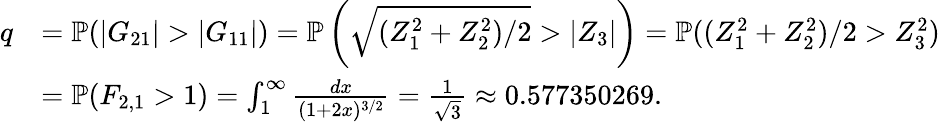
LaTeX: \begin{array}{rl}{q}&{=\mathbb P(|G_{21}|>|G_{11}|)=\mathbb P\left(\sqrt{(Z_{1}^{2}+Z_{2}^{2})/2}>|Z_{3}|\right)=\mathbb P((Z_{1}^{2}+Z_{2}^{2})/2>Z_{3}^{2})}\\ &{=\mathbb P(F_{2,1}>1)=\int_{1}^{\infty}\frac{dx}{(1+2x)^{3/2}}=\frac 1{\sqrt 3}\approx 0.577350269.}\end{array}